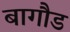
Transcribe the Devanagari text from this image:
बागौड